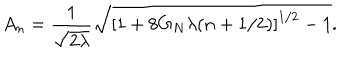
LaTeX: A _ { n } = \frac { 1 } { \sqrt { 2 \lambda } } \sqrt { \left[ 1 + 8 G _ { N } \lambda ( n + 1 / 2 ) \right] ^ { 1 / 2 } - 1 } .